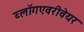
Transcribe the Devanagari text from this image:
ब्लॉगएवरीवेयर